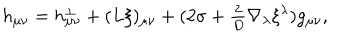
LaTeX: h _ { \mu \nu } = h _ { \mu \nu } ^ { \perp } + ( L \xi ) _ { \mu \nu } + ( 2 \sigma + { \textstyle { \frac { 2 } { D } } } \nabla _ { \lambda } \xi ^ { \lambda } ) g _ { \mu \nu } ,